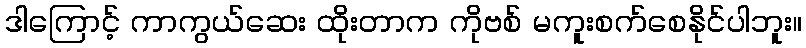
ဒါကြောင့် ကာကွယ်ဆေး ထိုးတာက ကိုဗစ် မကူးစက်စေနိုင်ပါဘူး။